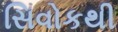
સિવોકથી